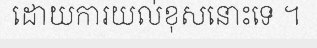
ដោយការយល់ខុសនោះទេ ។